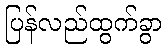
ပြန်လည်ထွက်ခွာ